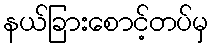
နယ်ခြားစောင့်တပ်မှ